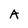
Character: A